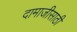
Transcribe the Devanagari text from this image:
दामाजीसाठी